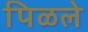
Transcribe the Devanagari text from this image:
पिळले